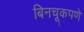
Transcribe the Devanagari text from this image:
बिनचूकपणे